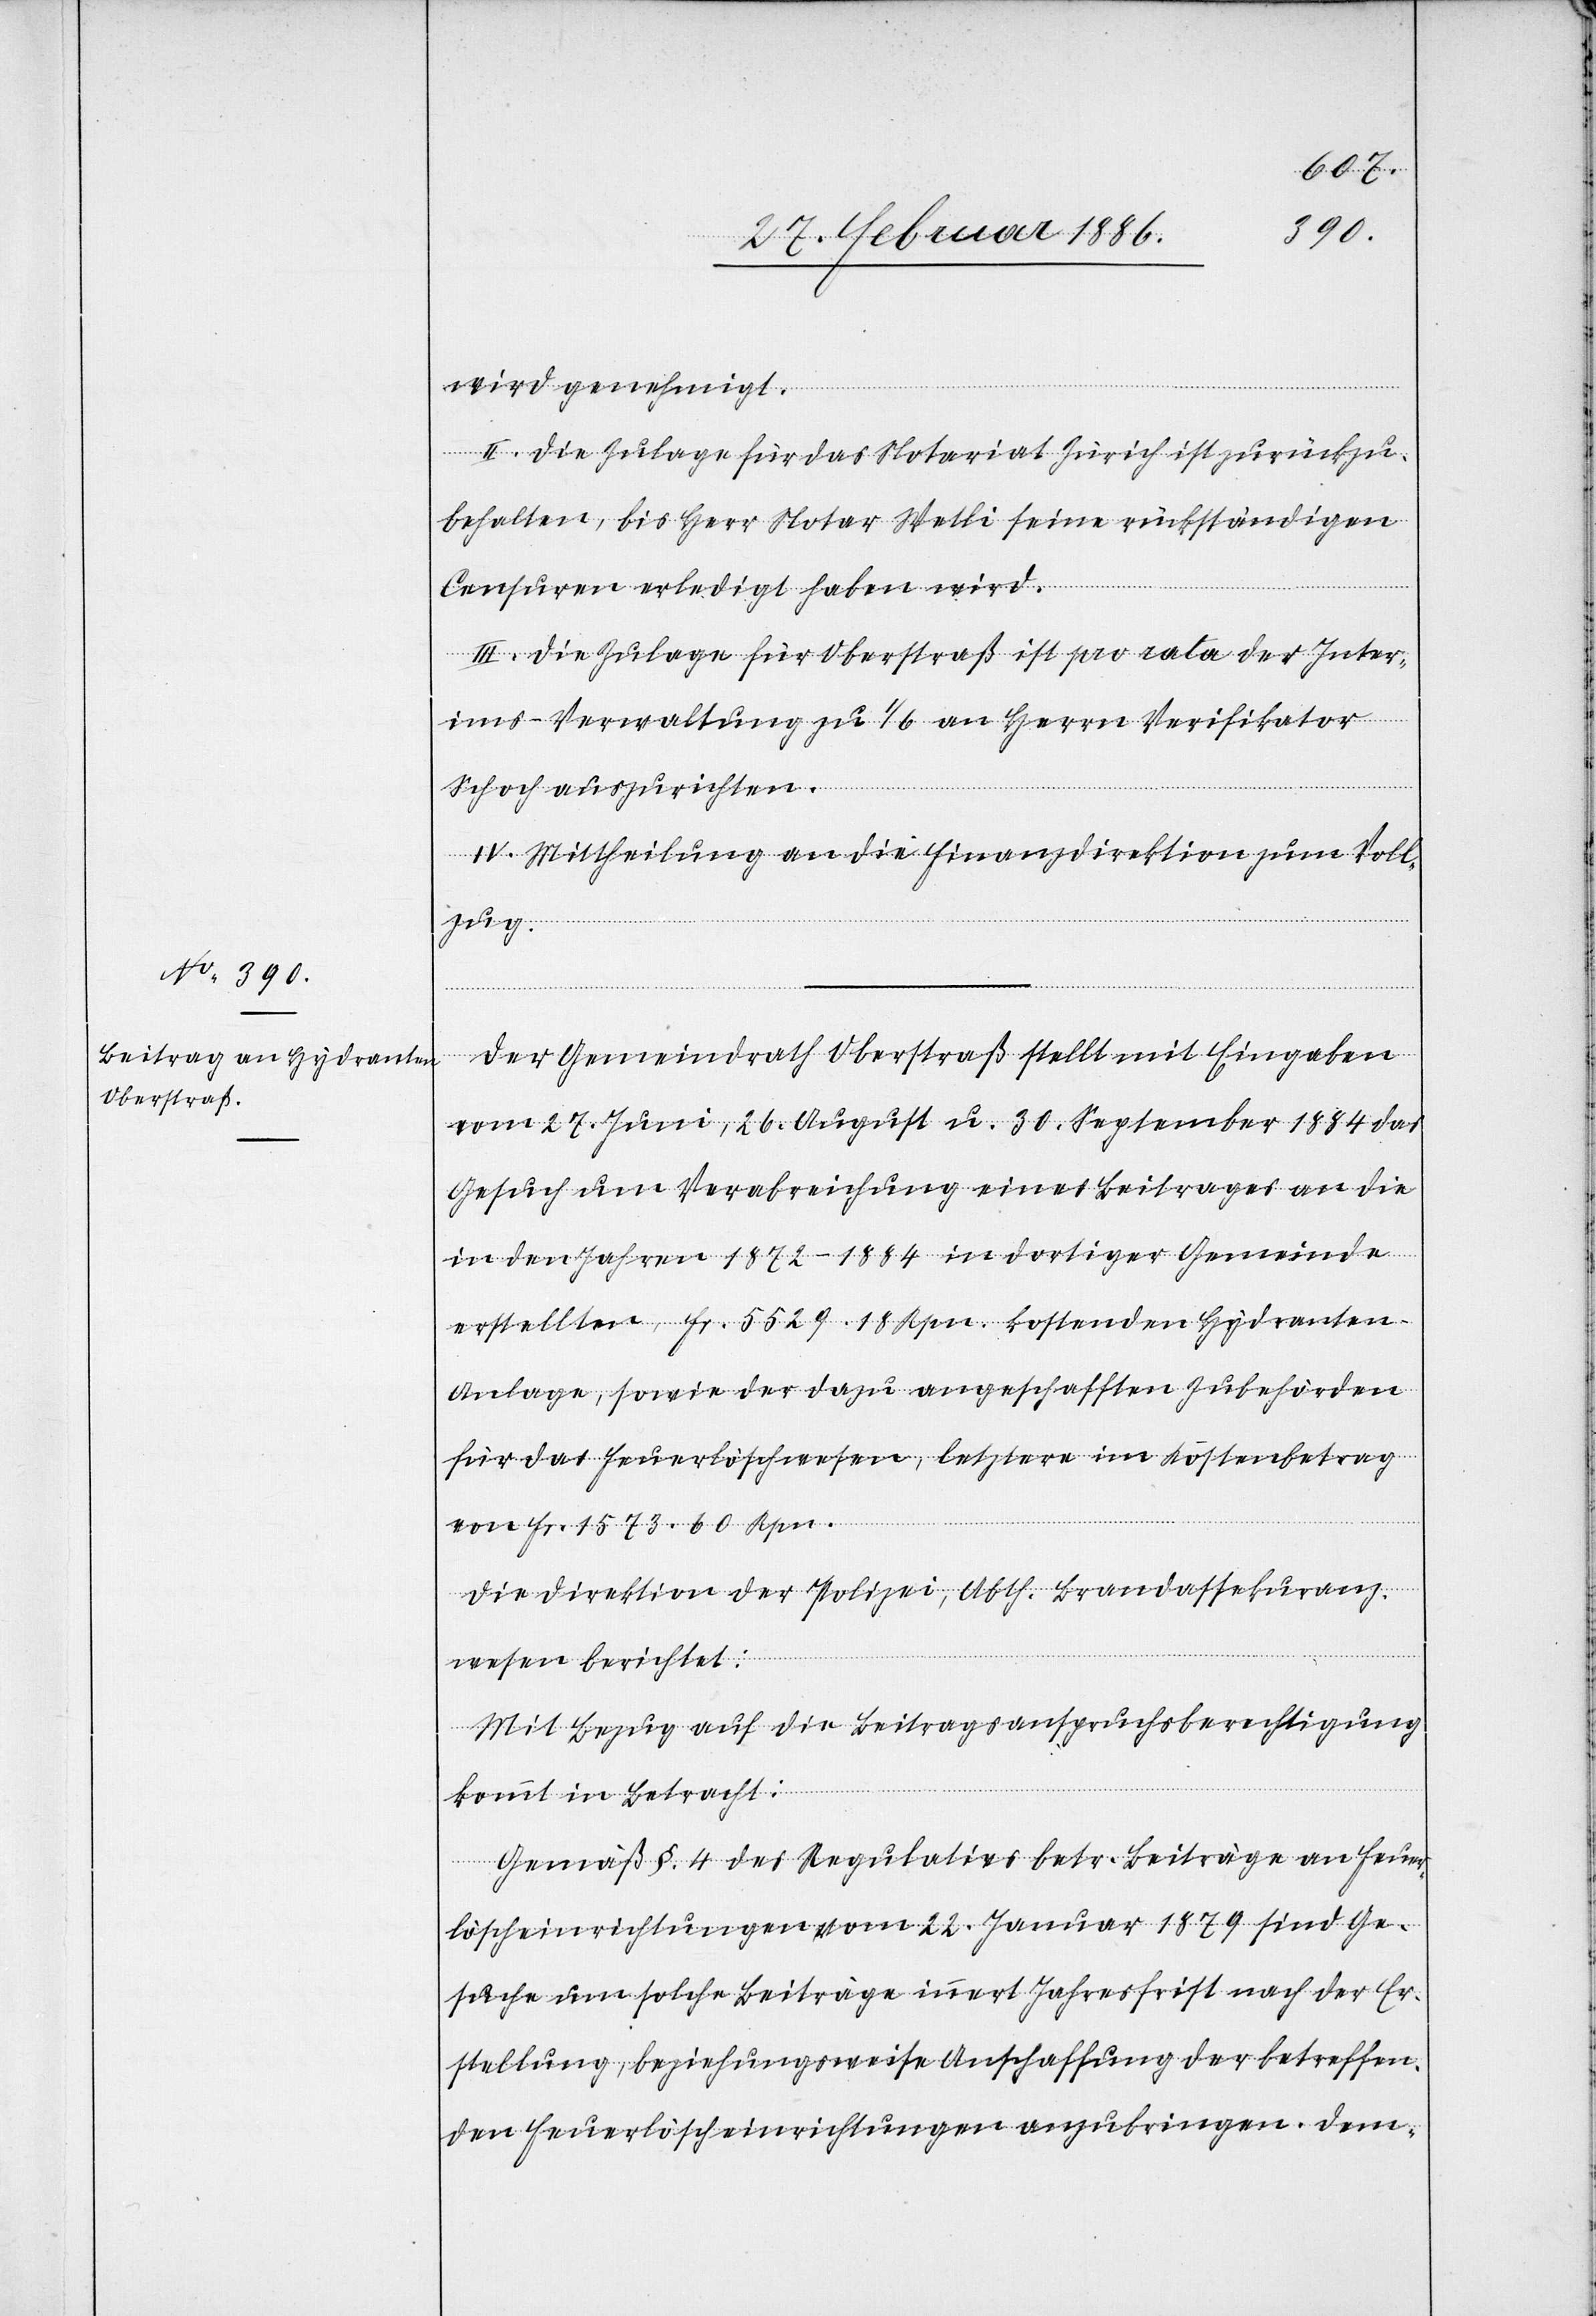
Der Gemeindrath Oberstraß stellt mit Eingaben
vom 27. Juni, 26. August u. 30. September 1884 das
Gesuch um Verabreichung eines Beitrages an die
in den Jahren 1872–1884 in dortiger Gemeinde
erstellte, Fr. 5529.18 Rpn. kostende Hydranten-A¬
nlage, sowie der dazu angeschafften Zubehörden
für das Feuerlöschwesen, letztere im Kostenbetrag
von Fr. 1573.60 Rpn.
Die Direktion der Polizei, Abth. Brandassekuranz¬
wesen berichtet:
Gemäß §. 4 des Regulatives betr. Beiträge an Feuer¬
löscheinrichtungen vom 22. Januar 1879 sind Ge¬
suche um solche Beiträge innert Jahresfrist nach der Er¬
stellung, beziehungsweise Anschaffung der betreffen¬
den Feuerlöscheinrichtungen anzubringen. Dem-